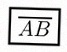
\overline{AB}